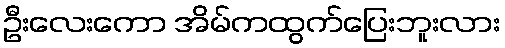
ဦးလေးကော အိမ်ကထွက်ပြေးဘူးလား